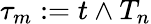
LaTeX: \tau_{m}:=t\wedge T_{n}